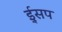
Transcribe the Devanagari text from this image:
ई्सप